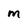
Character: m